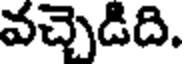
వచ్చెడిది.